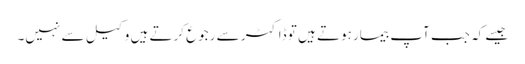
جیسے کہ جب آپ بیمار ہوتے ہیں تو ڈاکٹر سے رجوع کرتے ہیں وکیل سے نہیں۔